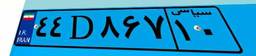
۱۰D۷۴۵۱۷